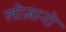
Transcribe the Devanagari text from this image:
लोज़ानो